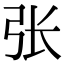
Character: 张